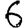
Digit: 6